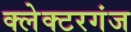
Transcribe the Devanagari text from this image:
क्लेक्टरगंज